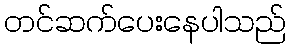
တင်ဆက်ပေးနေပါသည်